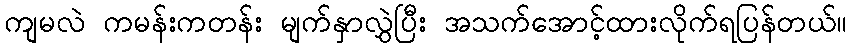
ကျမလဲ ကမန်းကတန်း မျက်နှာလွှဲပြီး အသက်အောင့်ထားလိုက်ရပြန်တယ်။